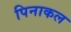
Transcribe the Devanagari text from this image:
पिनाकल